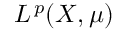
L ^ { \, p } ( X , \mu )